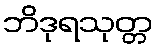
ဘိဒုရသုတ္တ